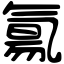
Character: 氱